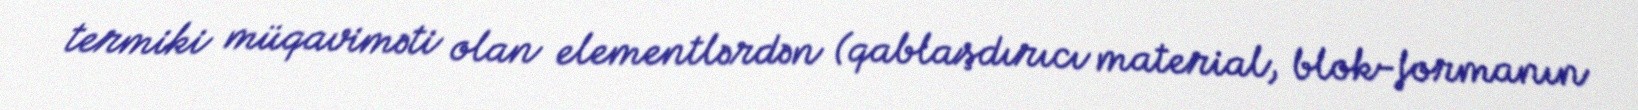
termiki müqaviməti olan elementlərdən (qablaşdırıcı material, blok-formanın